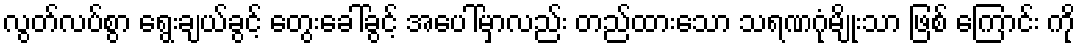
လွတ်လပ်စွာ ရွေးချယ်ခွင့် တွေးခေါ်ခွင့် အပေါ်မှာလည်း တည်ထားသော သရဏဂုံမျိုးသာ ဖြစ် ကြောင်း ကို